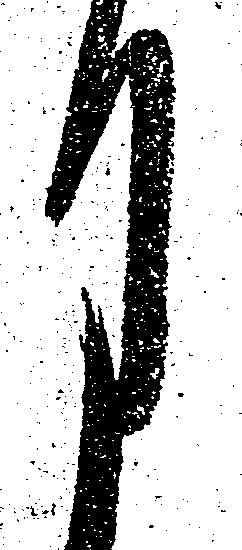
月